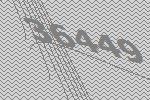
36449